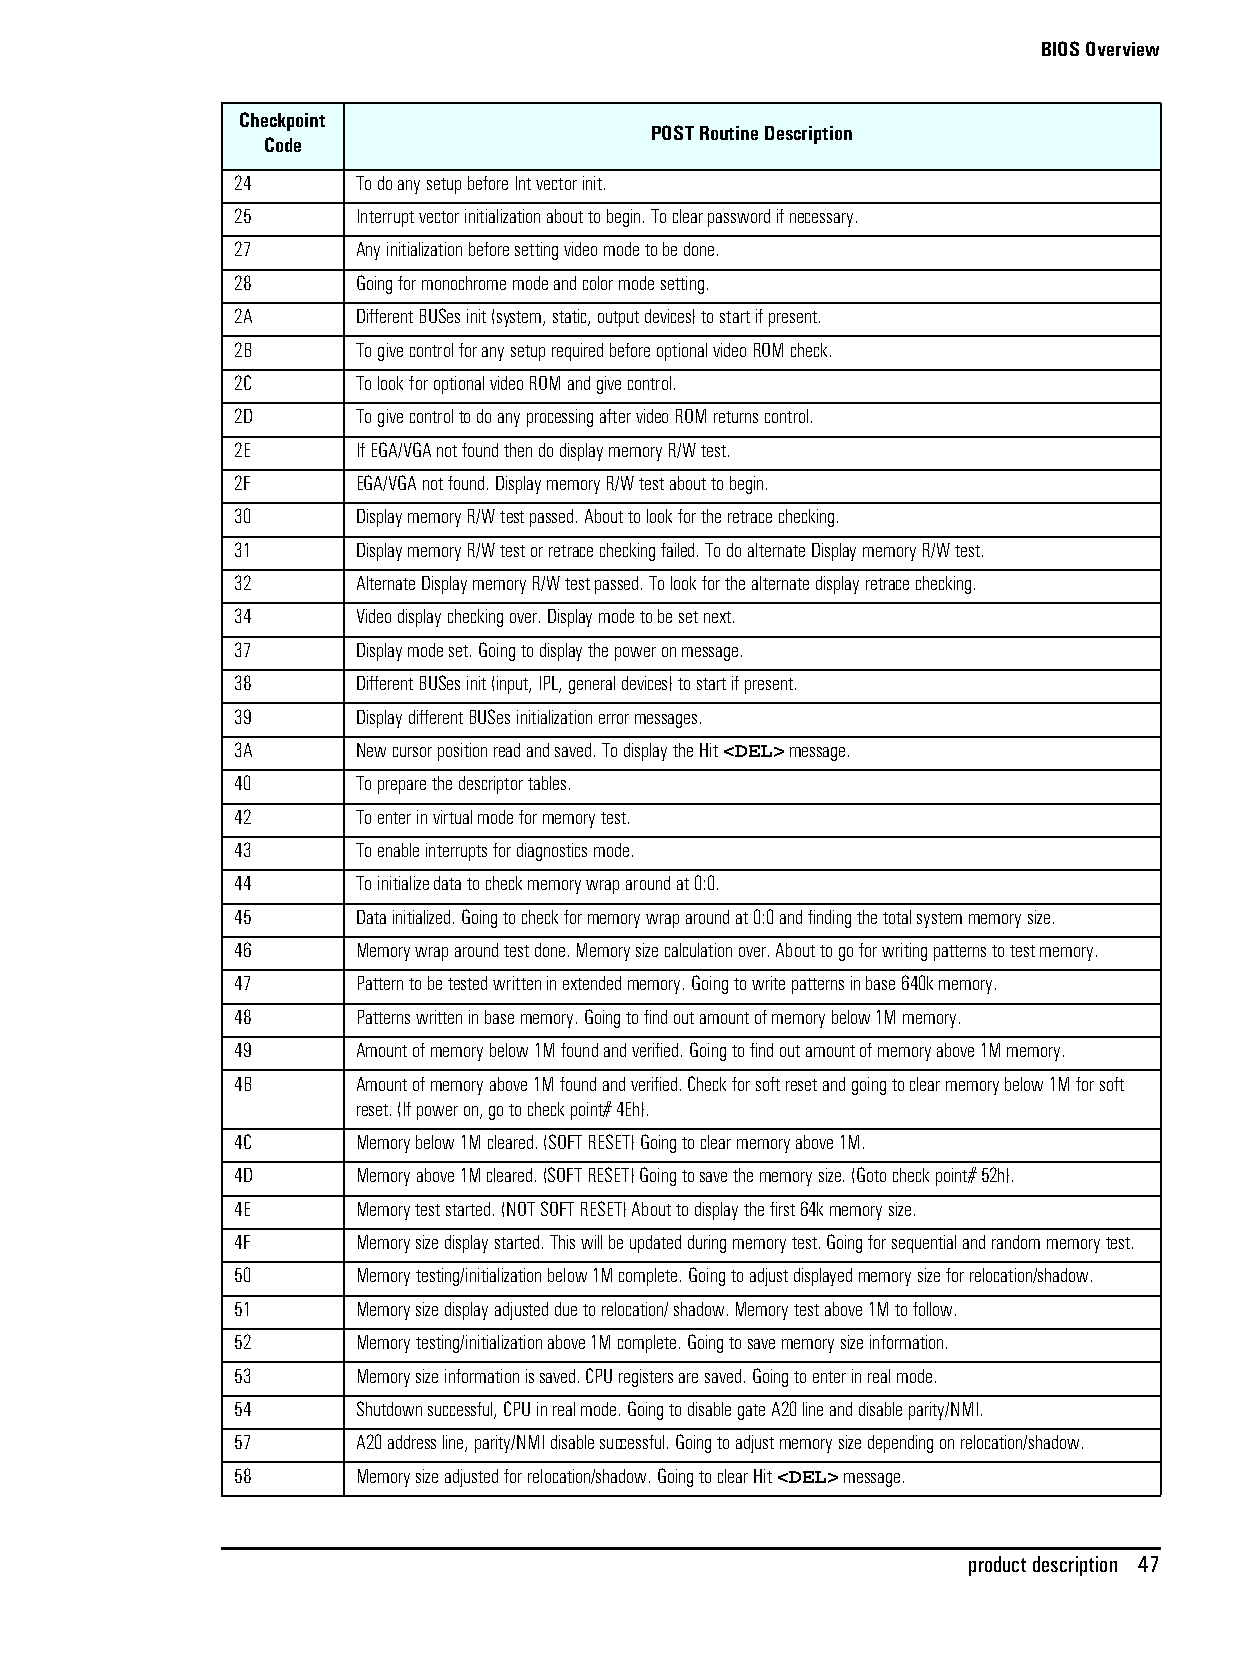
BIOS Overview
 Checkpoint
 POST Routine Description
 Code
 24      To do any setup before Int vector init.
 25      Interrupt vector initialization about to begin. To clear password if necessary.
 27      Any initialization before setting video mode to be done.
 28      Going for monochrome mode and color mode setting.
 2A      Different BUSes init (system, static, output devices) to start if present.
 2B      To give control for any setup required before optional video ROM check.
 2C      To look for optional video ROM and give control.
 2D      To give control to do any processing after video ROM returns control.
 2E      If EGA/VGA not found then do display memory R/W test.
 2F      EGA/VGA not found. Display memory R/W test about to begin.
 30      Display memory R/W test passed. About to look for the retrace checking.
 31      Display memory R/W test or retrace checking failed. To do alternate Display memory R/W test.
 32      Alternate Display memory R/W test passed. To look for the alternate display retrace checking.
 34      Video display checking over. Display mode to be set next.
 37      Display mode set. Going to display the power on message.
 38      Different BUSes init (input, IPL, general devices) to start if present.
 39      Display different BUSes initialization error messages.
 3A      New cursor position read and saved. To display the Hit <DEL> message.
 40      To prepare the descriptor tables.
 42      To enter in virtual mode for memory test.
 43      To enable interrupts for diagnostics mode.
 44      To initialize data to check memory wrap around at 0:0.
 45      Data initialized. Going to check for memory wrap around at 0:0 and finding the total system memory size.
 46      Memory wrap around test done. Memory size calculation over. About to go for writing patterns to test memory.
 47      Pattern to be tested written in extended memory. Going to write patterns in base 640k memory.
 48      Patterns written in base memory. Going to find out amount of memory below 1M memory.
 49      Amount of memory below 1M found and verified. Going to find out amount of memory above 1M memory.
 4B      Amount of memory above 1M found and verified. Check for soft reset and going to clear memory below 1M for soft
 reset. (If power on, go to check point# 4Eh).
 4C      Memory below 1M cleared. (SOFT RESET) Going to clear memory above 1M.
 4D      Memory above 1M cleared. (SOFT RESET) Going to save the memory size. (Goto check point# 52h).
 4E      Memory test started. (NOT SOFT RESET) About to display the first 64k memory size.
 4F      Memory size display started. This will be updated during memory test. Going for sequential and random memory test.
 50      Memory testing/initialization below 1M complete. Going to adjust displayed memory size for relocation/shadow.
 51      Memory size display adjusted due to relocation/ shadow. Memory test above 1M to follow.
 52      Memory testing/initialization above 1M complete. Going to save memory size information.
 53      Memory size information is saved. CPU registers are saved. Going to enter in real mode.
 54      Shutdown successful, CPU in real mode. Going to disable gate A20 line and disable parity/NMI.
 57      A20 address line, parity/NMI disable successful. Going to adjust memory size depending on relocation/shadow.
 58      Memory size adjusted for relocation/shadow. Going to clear Hit <DEL> message.
 product description 47